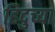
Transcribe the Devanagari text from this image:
हिदुच्या